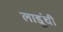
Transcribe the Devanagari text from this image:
लाडूंची